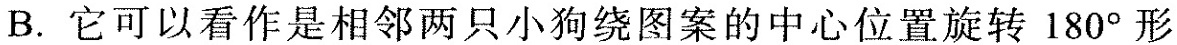
它可以看作是相邻两只小狗绕图案的中心位置旋转180°形